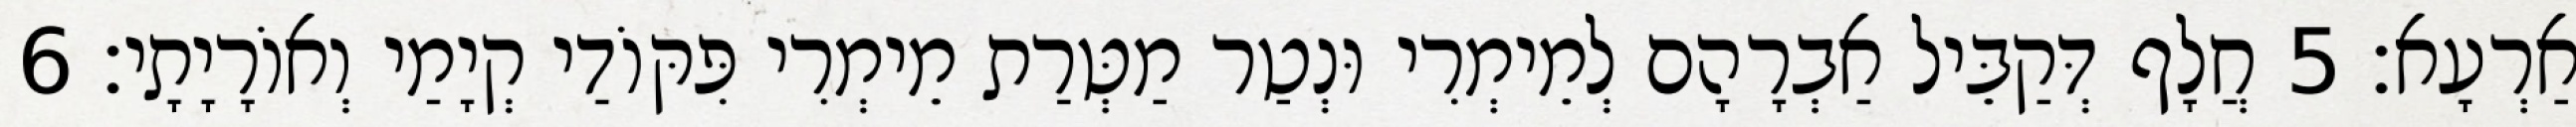
אַרְעָא׃ 5 חֲלָף דְּקַבֵּיל אַבְרָהָם לְמֵימְרִי וּנְטַר מַטְּרַת מֵימְרִי פִּקּוֹדַי קְיָמַי וְאוֹרָיָתָי׃ 6